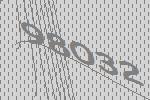
98032